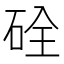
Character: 硂